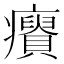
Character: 𤼊